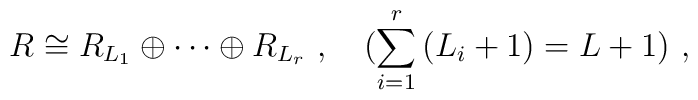
R \cong R_{L_1} \oplus \cdots \oplus R_{L_r}~, ~~~ (\sum_{i=1}^r\,(L_i+1) = L+1 )~,